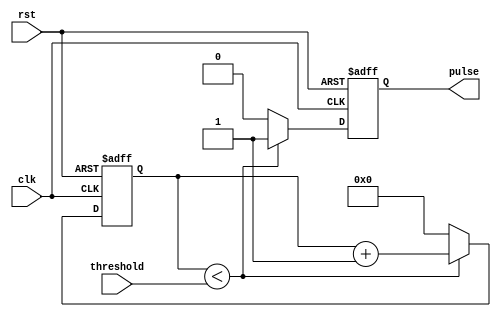
module Duty_Cycle_Pulse_Generator (
input rst, // reset signal
input clk, // clock signal
input threshold, // threshold for duty cycle
output reg pulse // output pulse signal
);

reg [31:0] counter; // counter to track pulse width

always @ (posedge clk or posedge rst)
begin
if (rst) begin
counter <= 0;
pulse <= 0;
end else begin
if (counter < threshold) begin
counter <= counter + 1;
pulse <= 1;
end else begin
counter <= 0;
pulse <= 0;
end
end
end

endmodule